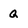
Character: Q